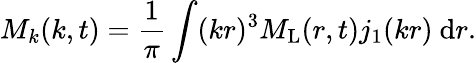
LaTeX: M_{k}(k,t)=\frac{1}{\pi}\int(kr)^{3}M_{\mathrm{L}}(r,t)j_{1}(kr)~\mathrm{d}r.